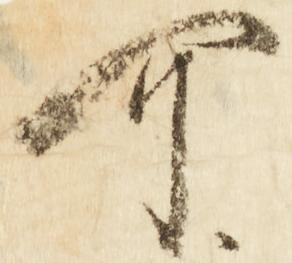
可